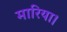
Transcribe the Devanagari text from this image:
मारिया।